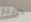
جيبز